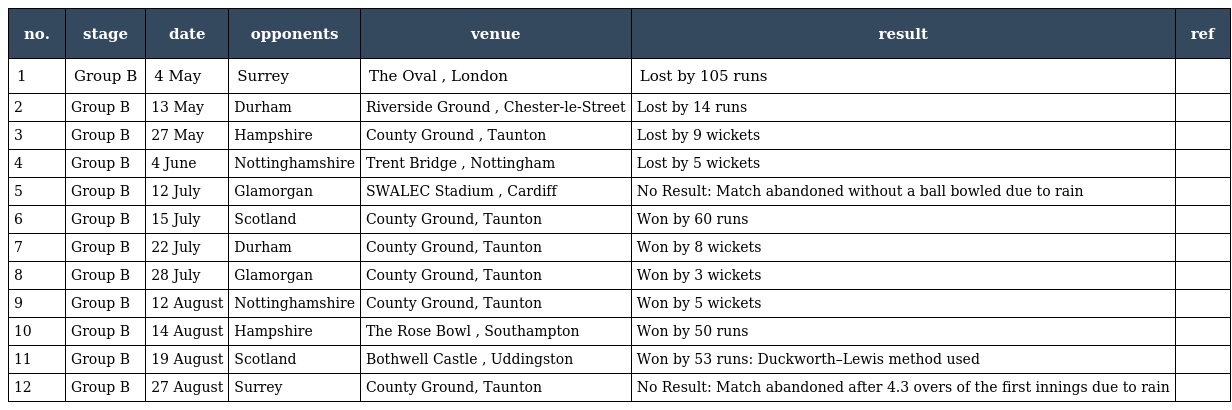
| no. | stage | date | opponents | venue | result | ref |
 | --- | --- | --- | --- | --- | --- | --- |
 | 1 | Group B | 4 May | Surrey | The Oval , London | Lost by 105 runs |  |
 | 2 | Group B | 13 May | Durham | Riverside Ground , Chester-le-Street | Lost by 14 runs |  |
 | 3 | Group B | 27 May | Hampshire | County Ground , Taunton | Lost by 9 wickets |  |
 | 4 | Group B | 4 June | Nottinghamshire | Trent Bridge , Nottingham | Lost by 5 wickets |  |
 | 5 | Group B | 12 July | Glamorgan | SWALEC Stadium , Cardiff | No Result: Match abandoned without a ball bowled due to rain |  |
 | 6 | Group B | 15 July | Scotland | County Ground, Taunton | Won by 60 runs |  |
 | 7 | Group B | 22 July | Durham | County Ground, Taunton | Won by 8 wickets |  |
 | 8 | Group B | 28 July | Glamorgan | County Ground, Taunton | Won by 3 wickets |  |
 | 9 | Group B | 12 August | Nottinghamshire | County Ground, Taunton | Won by 5 wickets |  |
 | 10 | Group B | 14 August | Hampshire | The Rose Bowl , Southampton | Won by 50 runs |  |
 | 11 | Group B | 19 August | Scotland | Bothwell Castle , Uddingston | Won by 53 runs: Duckworth–Lewis method used |  |
 | 12 | Group B | 27 August | Surrey | County Ground, Taunton | No Result: Match abandoned after 4.3 overs of the first innings due to rain |  |